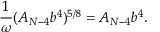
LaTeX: \frac { 1 } { \omega } ( A _ { N - 4 } b ^ { 4 } ) ^ { 5 / 8 } = A _ { N - 4 } b ^ { 4 } .